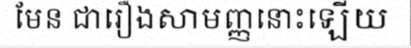
មែន ជារឿងសាមញ្ញនោះឡើយ